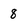
Character: 8